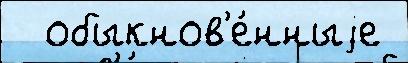
  обыкнов'е́нныjе